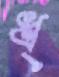
ধ্